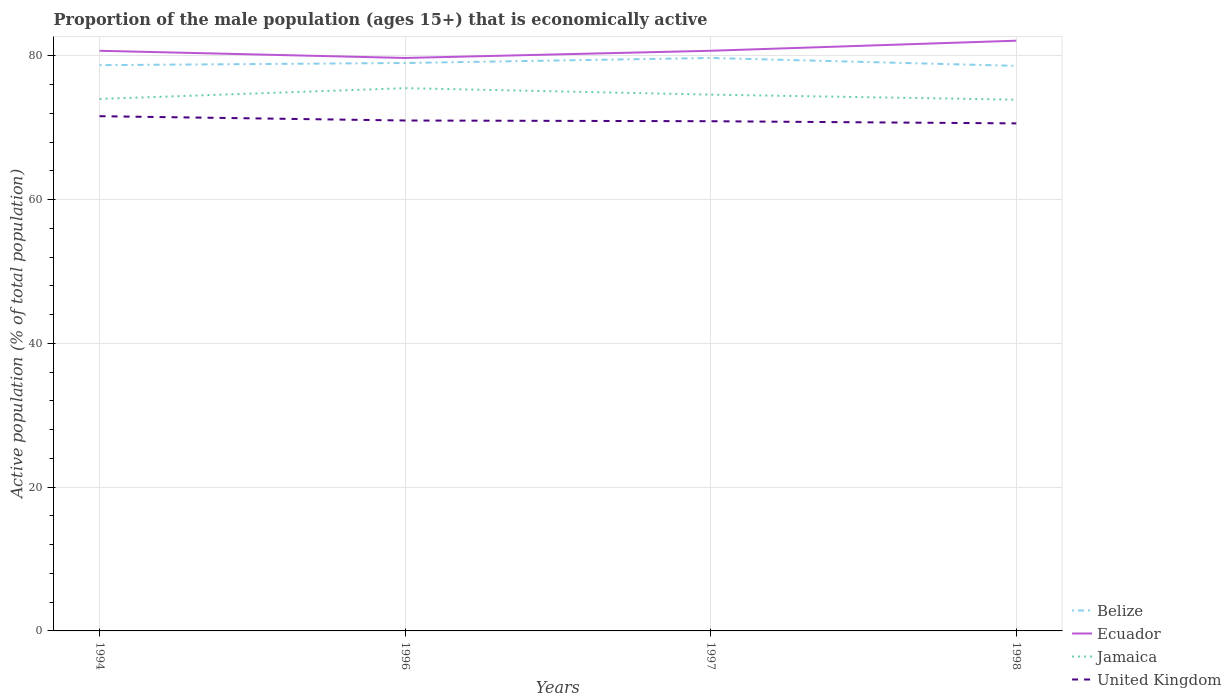
| Years | Belize | Ecuador | Jamaica | United Kingdom |
 | --- | --- | --- | --- | --- |
 | 1994 | 78.7 | 80.7 | 74 | 71.6 |
 | 1996 | 79 | 79.7 | 75.5 | 71 |
 | 1997 | 79.7 | 80.7 | 74.6 | 70.9 |
 | 1998 | 78.6 | 82.1 | 73.9 | 70.6 |